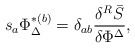
\begin{align*}s_{a}\Phi _{\Delta }^{*(b)}=\delta _{ab}\frac{\delta ^{R}\bar{S}}{\delta\Phi ^{\Delta }}, \end{align*}